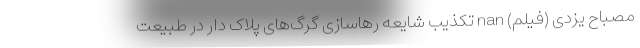
مصباح یزدی (فیلم) nan تکذیب شایعه رهاسازی گرگ‌های پلاک دار در طبیعت